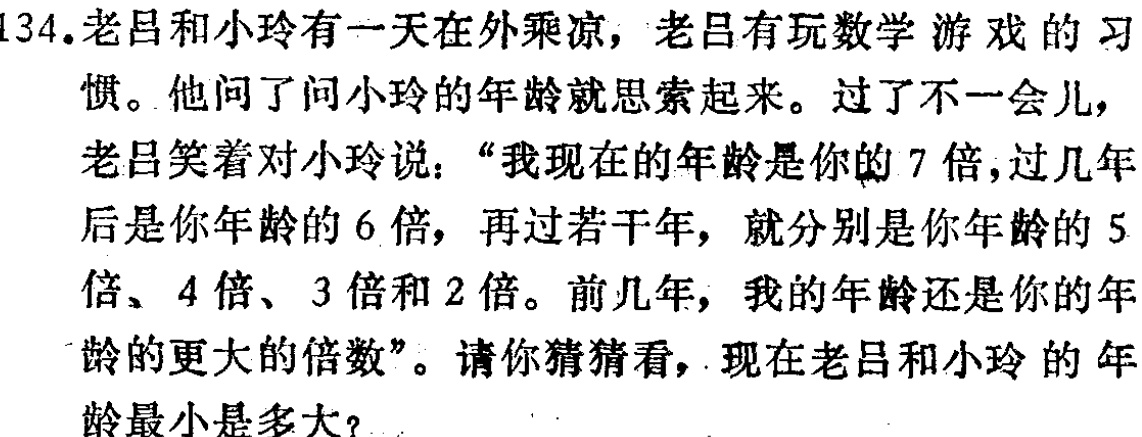
134.老吕和小玲有一天在外乘凉，老吕有玩数学游戏的习惯。他问了问小玲的年龄就思索起来。过了不一会儿，老吕笑着对小玲说：“我现在的年龄是你的7倍，过几年后是你年龄的6倍，再过若干年，就分别是你年龄的5倍、4倍、3倍和2倍。前几年，我的年龄还是你的年龄的更大的倍数”。请你猜猜看，现在老吕和小玲的年龄最小是多大？